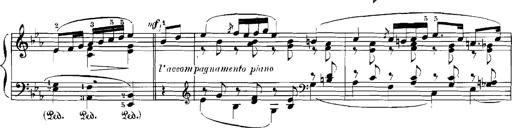
Title: Rhapsodies hongroises
Composer: Franz Liszt